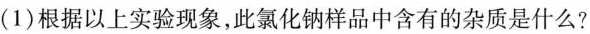
(1)根据以上实验现象，此氯化钠样品中含有的杂质是什么?